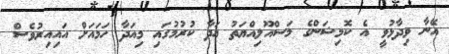
އޭނާ ވިދާޅުވީ އެ ކޮމިޝަންގެ މަސްއޫލިއްޔަތު އަދާ ކުރުމުގައި މިއަދާ ހަމައަށް އައިއިރުވެސް